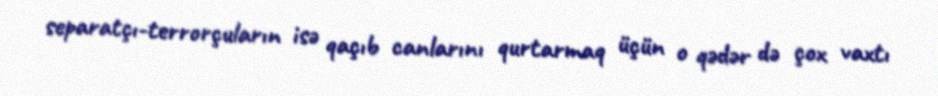
separatçı-terrorçuların isə qaçıb canlarını qurtarmaq üçün o qədər də çox vaxtı